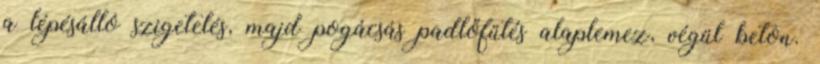
a lépésálló szigetelés, majd pogácsás padlőfűtés alaplemez, végül beton.